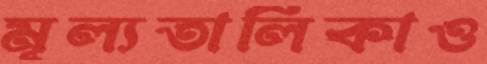
মূল্যতালিকাও